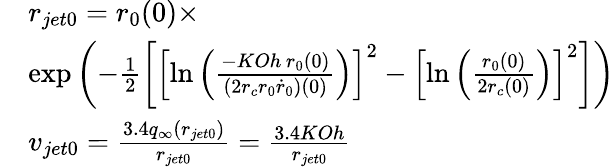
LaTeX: \begin{array}{rl}&{r_{jet0}=r_{0}(0)\times}\\ &{\exp\left(-\frac{1}{2}\left[\left[\ln\left(\frac{-KOh\, r_{0}(0)}{\left(2r_{c}r_{0}\dot{r}_{0}\right)(0)}\right)\right]^{2}-\left[\ln\left(\frac{r_{0}(0)}{2r_{c}(0)}\right)\right]^{2}\right]\right)}\\ &{v_{jet0}=\frac{3.4q_{\infty}(r_{jet0})}{r_{jet0}}=\frac{3.4KOh}{r_{jet0}}}\end{array}